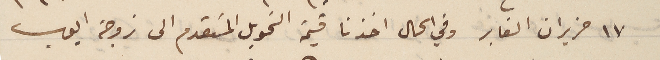
١٧ حزيران الغابر وفي الحال اخذنا قيمة التحويل المتقدم الى زوجة ايوب